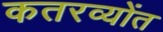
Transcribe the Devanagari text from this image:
कतरव्योंत